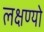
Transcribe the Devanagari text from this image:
लक्षण्यो